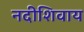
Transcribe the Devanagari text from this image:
नदीशिवाय